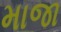
માજા